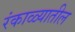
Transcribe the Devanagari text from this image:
रंकाळ्यातील